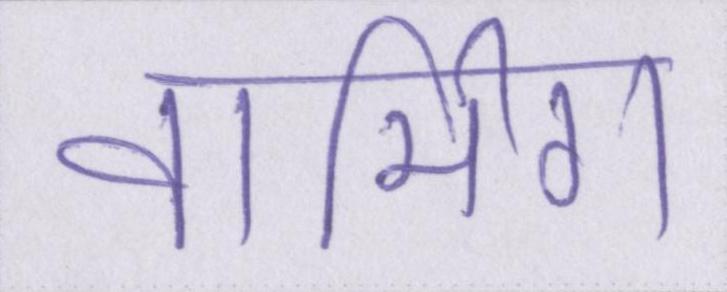
वार्मिग